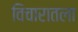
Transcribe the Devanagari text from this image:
विचारातला